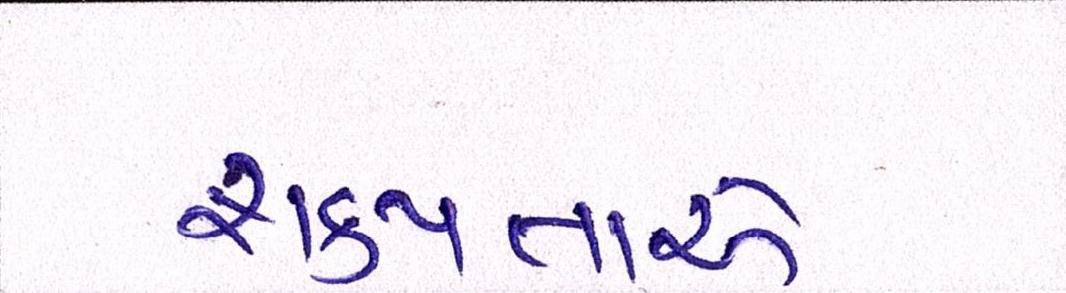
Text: શક્યતાએ